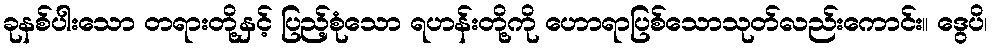
ခုနစ်ပါးသော တရားတို့နှင့် ပြည့်စုံသော ရဟန်းတို့ကို ဟောရာပြစ်သောသုတ်လည်းကောင်း။ ဒွေပိ၊